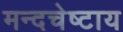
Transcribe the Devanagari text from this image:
मन्दचेष्टाय